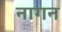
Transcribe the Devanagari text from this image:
नागन